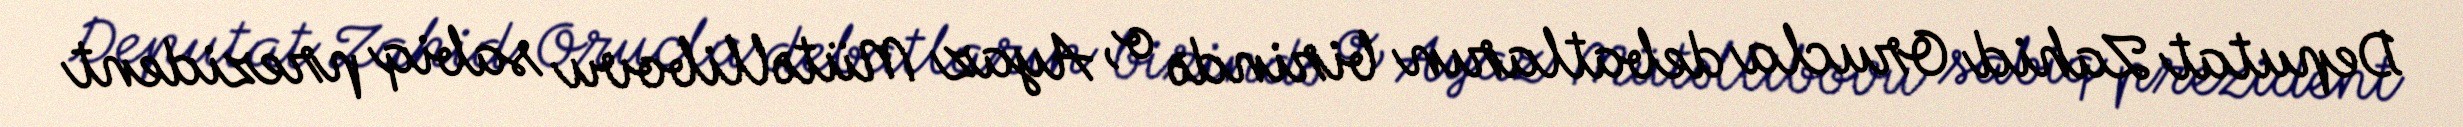
Deputat Zahid Orucla debatların birində o, Ayaz Mütəllibovu sabiq prezident